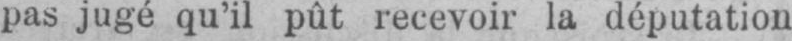
pas jugé qu’il pût recevoir la députation